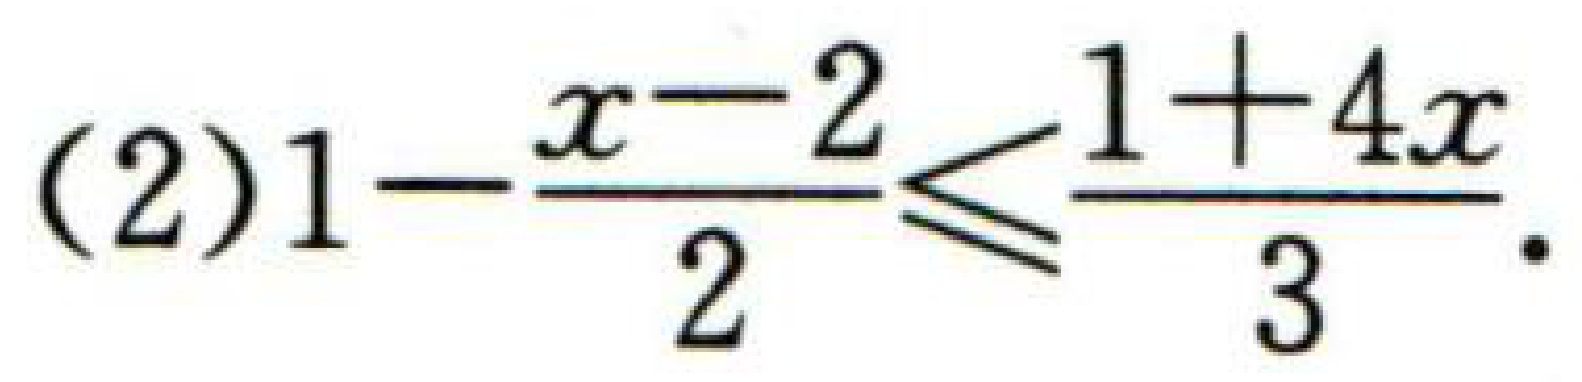
(2)$1-\frac{x - 2}{2}\leq\frac{1 + 4x}{3}$.